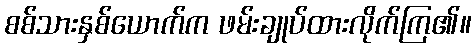
စစ်သားနှစ်ယောက်က ဖမ်းချုပ်ထားလိုက်ကြ၏။